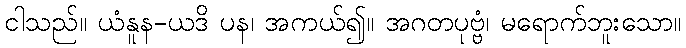
ငါသည်။ ယံနူန-ယဒိ ပန၊ အကယ်၍။ အဂတပုဗ္ဗံ၊ မရောက်ဘူးသော။